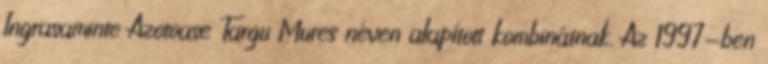
Ingrasaminte Azotoase Targu Mures néven alapított kombinátnak. Az 1997-ben